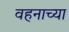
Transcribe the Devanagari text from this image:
वहनाच्या